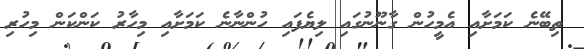
ތިބޭނެ ކަމަށާއި އެމީހުން ގާނޫނުގައި ލިޔެފައި ހުންނާނެ ކަމަށާއި މިހާރު ކަންކަން މިހުރި